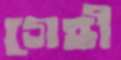
গেহী